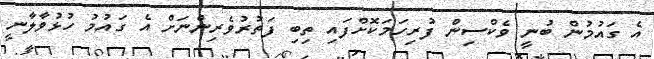
އެ ގައުމުން ބުނީ ވެކްސިން ފުރިހަަމަކޮށްފައި ތިބި ފަތުރުވެރިންްނަށް އެ ގައުމު ހުޅުވާލާނީ